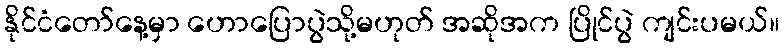
နိုင်ငံတော်နေ့မှာ ဟောပြောပွဲသို့မဟုတ် အဆိုအက ပြိုင်ပွဲ ကျင်းပမယ်။